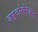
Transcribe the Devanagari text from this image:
ड्यूटोसेरेब्रम